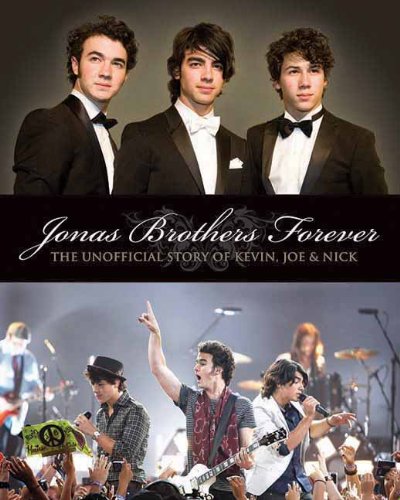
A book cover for Jonas Brothers Forever: The Unofficial Story of Kevin, Joe & Nick; Susan Janic; Teen & Young Adult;